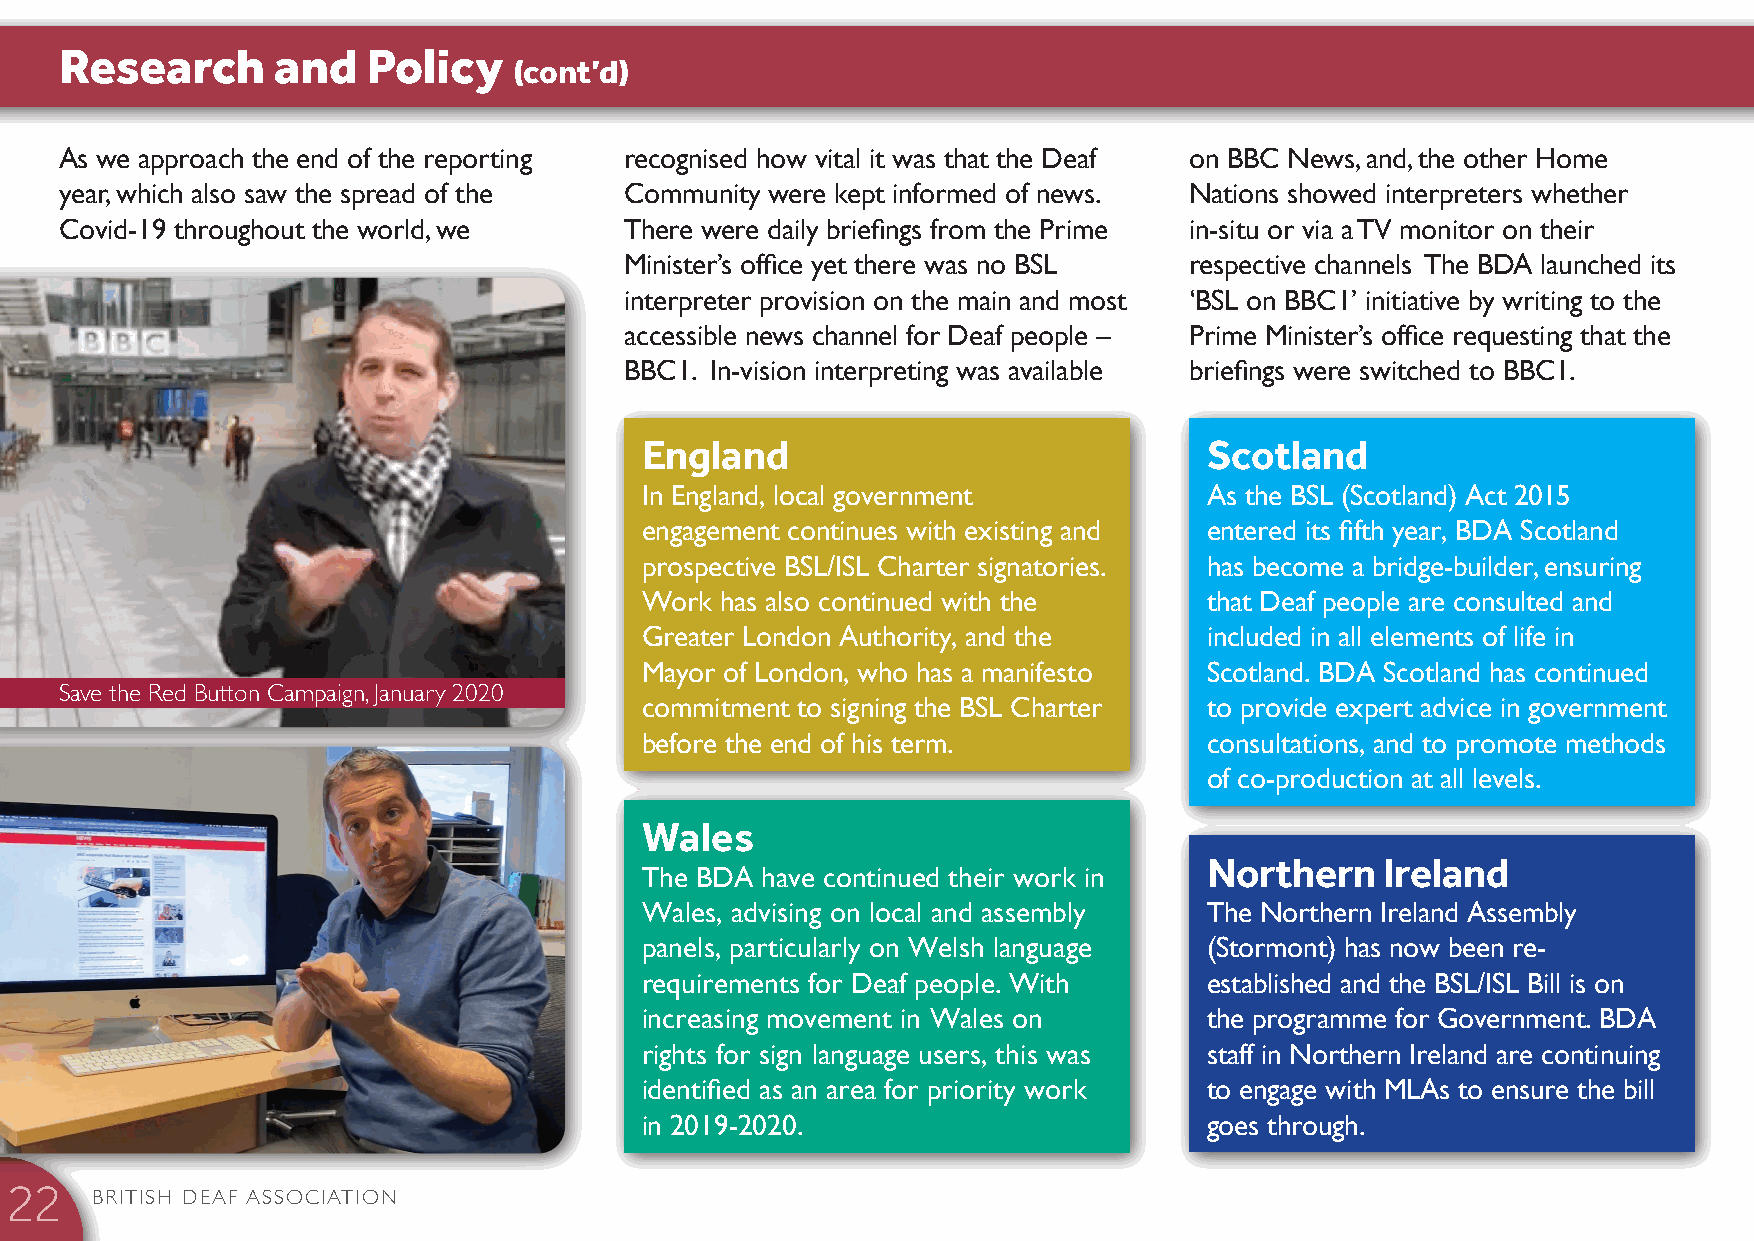
Research      and   Policy    (cont’d)
 As we approach the end of the reporting recognised how vital it was that the Deaf on BBC News, and, the other Home
 year, which also saw the spread of the Community were kept informed of news. Nations showed interpreters whether
 Covid-19 throughout the world, we    There were daily briefings from the Prime in-situ or via a TV monitor on their
 Minister’s office yet there was no BSL respective channels The BDA launched its
 interpreter provision on the main and most ‘BSL on BBC1’ initiative by writing to the
 accessible news channel for Deaf people – Prime Minister’s office requesting that the
 BBC1. In-vision interpreting was available briefings were switched to BBC1.
 England                               Scotland
 In England, local government          As the BSL (Scotland) Act 2015
 engagement continues with existing and entered its fifth year, BDA Scotland
 prospective BSL/ISL Charter signatories. has become a bridge-builder, ensuring
 Work  has also continued with the     that Deaf people are consulted and
 Greater London Authority, and the     included in all elements of life in
 Mayor of London, who has a manifesto  Scotland. BDA Scotland has continued
 Save the Red Button Campaign, January 2020
 commitment to signing the BSL Charter to provide expert advice in government
 before the end of his term.           consultations, and to promote methods
 of co-production at all levels.
 Wales
 Northern    Ireland
 The BDA have continued their work in
 Wales, advising on local and assembly The Northern Ireland Assembly
 panels, particularly on Welsh language (Stormont) has now been re-
 requirements for Deaf people. With    established and the BSL/ISL Bill is on
 increasing movement in Wales on       the programme for Government. BDA
 rights for sign language users, this was staff in Northern Ireland are continuing
 identified as an area for priority work to engage with MLAs to ensure the bill
 in 2019-2020.                         goes through.
 BRITISH DEAF ASSOCIATION
 22